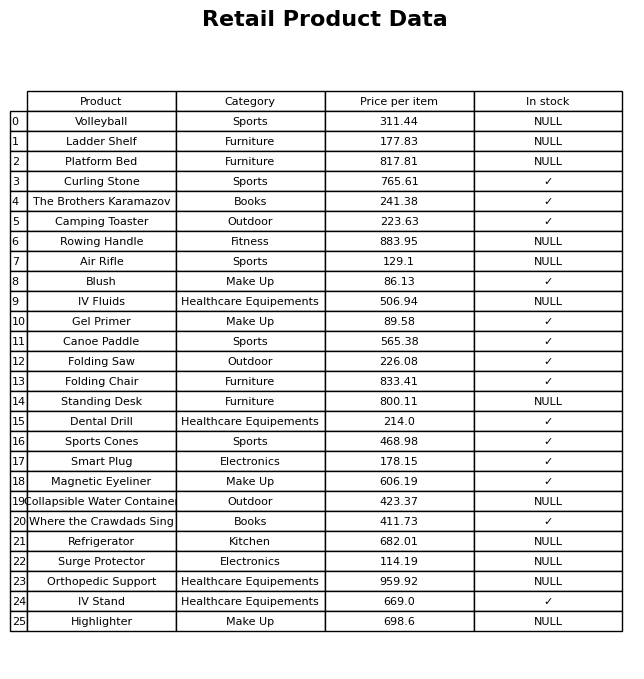
question: What is the price of the Smart Plug?
answer: The price of Smart Plug is 178.15.